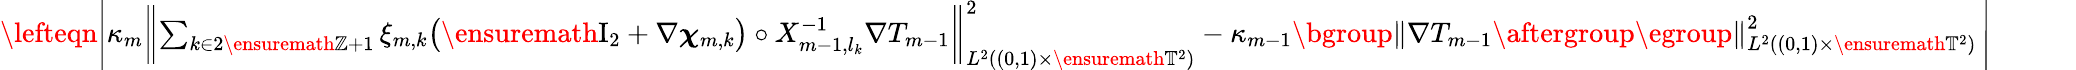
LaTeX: \begin{array}{rl}{\lefteqn{\Biggl|\kappa_{m}\biggl\| \sum_{k\in 2\ensuremath{\mathbb{Z}}+1}\xi_{m,k}\bigl(\ensuremath{\mathrm{I}_{2}}+\nabla{\boldsymbol{\chi}}_{m,k}\bigr)\circ X_{m-1,l_{k}}^{-1}\nabla T_{m-1}\biggr\| _{L^{2}((0,1)\times\ensuremath{\mathbb{T}}^{2})}^{2}-\kappa_{m-1}\mathopen{}\mathclose\bgroup\left\| \nabla T_{m-1}\aftergroup\egroup\right\| _{L^{2}((0,1)\times\ensuremath{\mathbb{T}}^{2})}^{2}\, \Biggr|}\qquad}&{{}}\end{array}